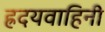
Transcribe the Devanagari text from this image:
ह्रदयवाहिनी